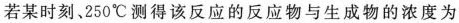
若某时刻、250℃ 测得该反应的反应物与生成物的浓度为